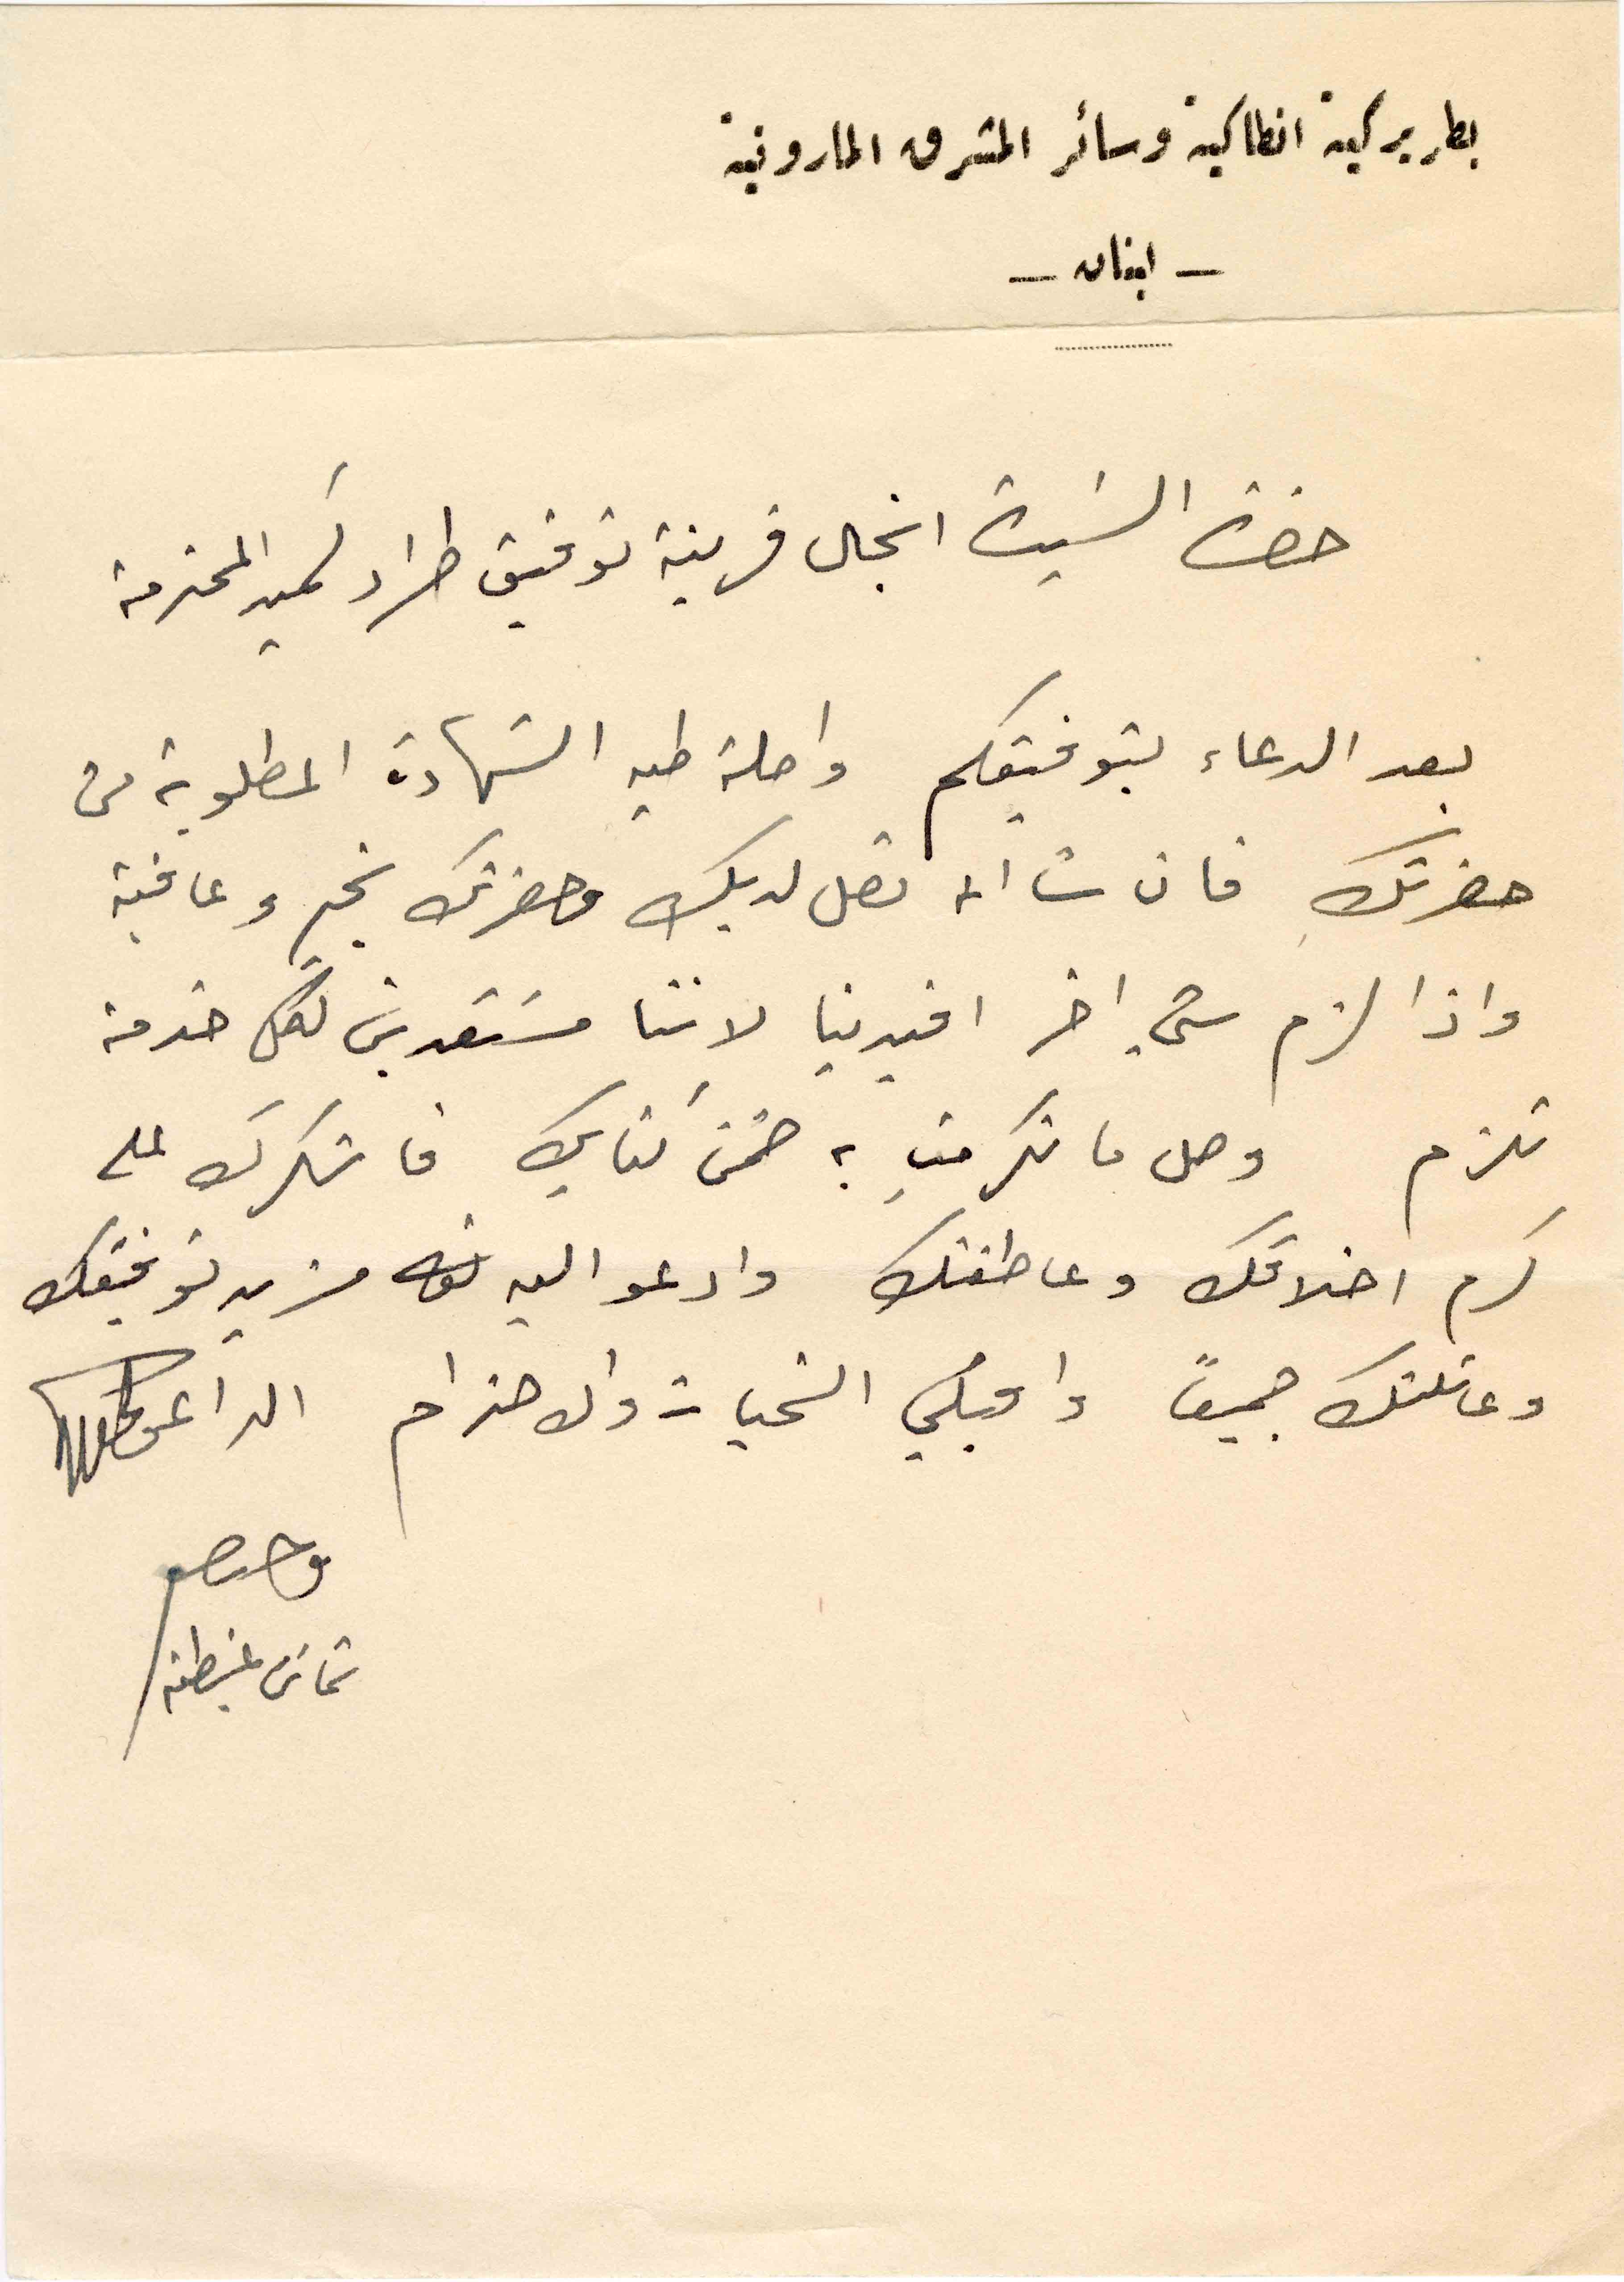
بطريركية انطاكية وسائر المشرق المارونية
– لبنان –
حضرة السيدة انجال قرينة توفيق طراد كميد المحترمة
بعد الدعاء بتوفيقكم واصلة طيه الشهادة المطلوبة من
حضرتك فان شا انه تصل لديك وحضرتك بخير وعافية
واذا لزم شي اخر افيدينا لاننا مستعدين لكل خدمة
تلزم وصل ما تكرمتِ به ضمن كتابك فاشكرك على
كرم اخلاقك وعاطفتك وادعو اليه مزيد توفيقك
وعائلتك جميعاً واقبلي التحيات والاحترام الداعي
شماس غبطته